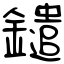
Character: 鑓